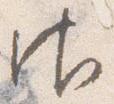
御